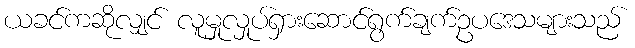
ယခင်ကဆိုလျှင် လူမှုလှုပ်ရှားဆောင်ရွက်ချက်ဥပဒေသများသည်